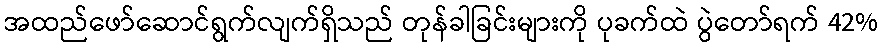
အထည်ဖော်ဆောင်ရွက်လျက်ရှိသည် တုန်ခါခြင်းများကို ပုခက်ထဲ ပွဲတော်ရက် 42%